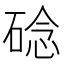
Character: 䂼